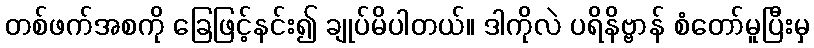
တစ်ဖက်အစကို ခြေဖြင့်နင်း၍ ချုပ်မိပါတယ်။ ဒါကိုလဲ ပရိနိဗ္ဗာန် စံတော်မူပြီးမှ